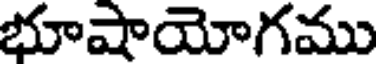
భూషాయోగము